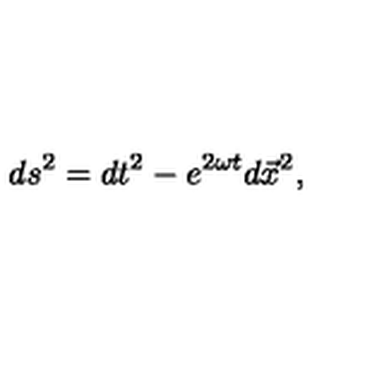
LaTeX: d s ^ { 2 } = d t ^ { 2 } - e ^ { 2 \omega t } d \vec { x } ^ { 2 } ,